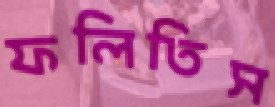
ফলিতিস